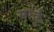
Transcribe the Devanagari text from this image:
मार्कु